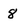
Character: 8